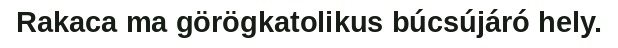
Rakaca ma görögkatolikus búcsújáró hely.